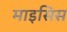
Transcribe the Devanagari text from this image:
माइसिस